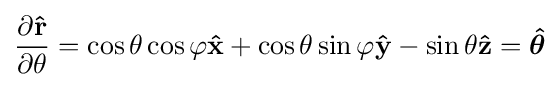
{\frac {\partial \mathbf {\hat {r}} }{\partial \theta }}=\cos \theta \cos \varphi \mathbf {\hat {x}} +\cos \theta \sin \varphi \mathbf {\hat {y}} -\sin \theta \mathbf {\hat {z}} ={\boldsymbol {\hat {\theta }}}